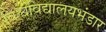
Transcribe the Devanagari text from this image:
विश्वविद्यालयभंडार